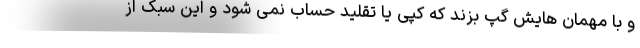
و با مهمان هایش گپ بزند که کپی یا تقلید حساب نمی شود و این سبک از